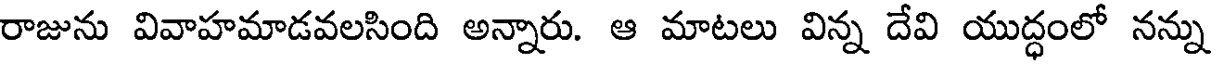
రాజును వివాహమాడవలసింది అన్నారు. ఆ మాటలు విన్న దేవి యుద్ధంలో నన్ను